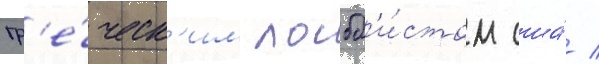
гр'е́ческ'им лобб'и́стом сша́ /